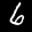
Label: 6